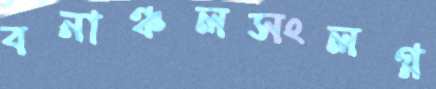
বনাঞ্চলসংলগ্ন